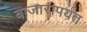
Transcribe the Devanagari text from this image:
बाजारापर्यंत